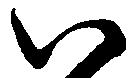
八